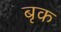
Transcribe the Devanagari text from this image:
बृक